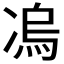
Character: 𭂛